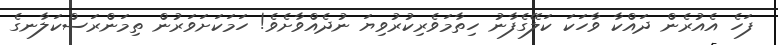
ފަހެ އެއުރެން ދައްކާ ވާހަކަ ކަލޭގެފާނު ހިތާމަވެރިކުރުވިޔަ ނުދެއްވާށެވެ! ހަމަކަށަވަރުން ތިމަންރަސްކަލާނގެ